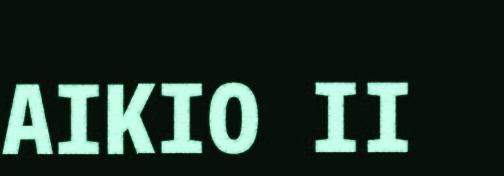
AIKIO II